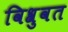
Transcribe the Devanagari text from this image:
विश्रुवत